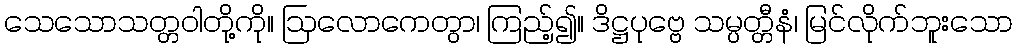
သေသောသတ္တဝါတို့ကို။ ဩလောကေတွာ၊ ကြည့်၍။ ဒိဋ္ဌပုဗ္ဗေ သမ္ပတ္တီနံ၊ မြင်လိုက်ဘူးသော